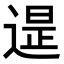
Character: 𨕒